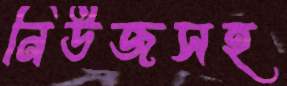
নিউজসহ